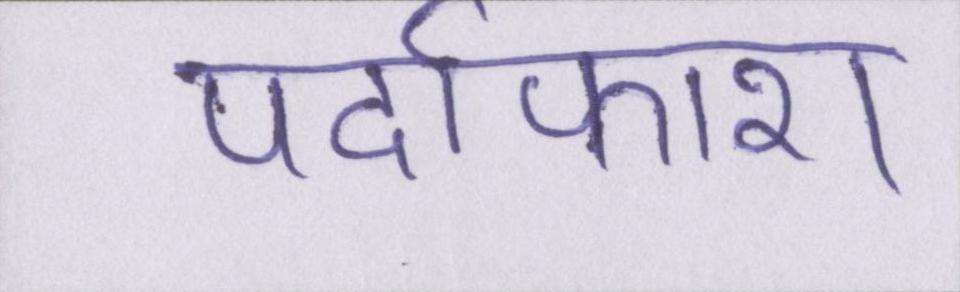
पर्दाफाश